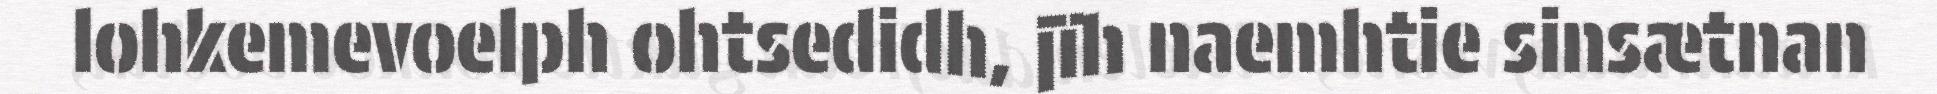
lohkemevoelph ohtsedidh, jïh naemhtie sinsætnan